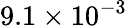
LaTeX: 9.1\times 10^{-3}